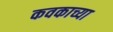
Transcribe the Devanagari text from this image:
कवकाच्या